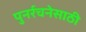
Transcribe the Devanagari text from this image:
पुनर्रचनेसाठी